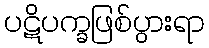
ပဋိပက္ခဖြစ်ပွားရာ